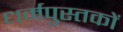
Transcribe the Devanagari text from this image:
धर्मपुस्तकों